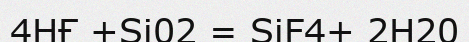
4НҒ +Si02 = SiF4+ 2Н20